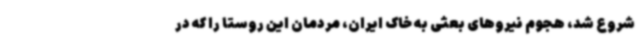
شروع شد، هجوم نیروهای بعثی به خاک ایران، مردمان این روستا را که در